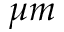
\mu m